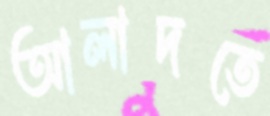
আলাদতে